Indian journal of veterinary science and animal husbandry - Volume 1,
Year: 1931
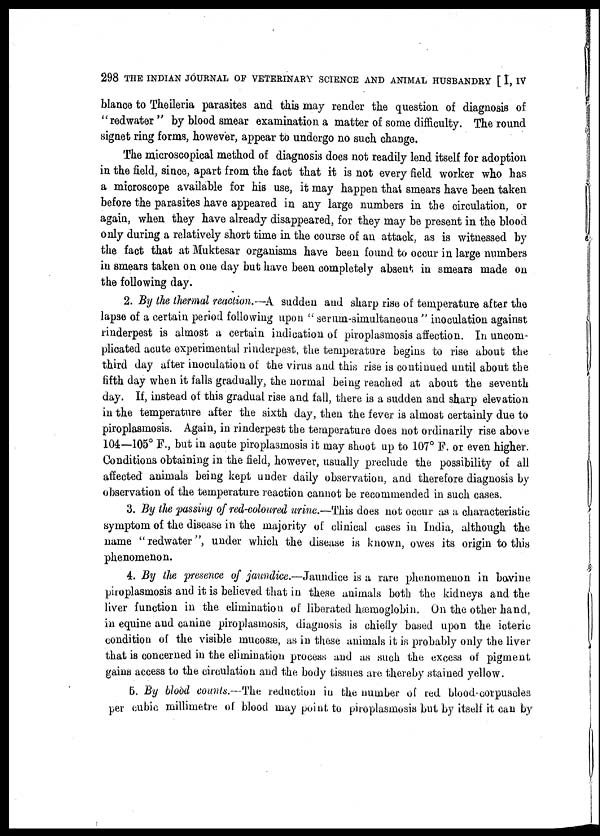
298 THE INDIAN JOURNAL OF VETERINARY SCIENCE AND ANIMAL HUSBANDRY [ I, IV
blance to Theileria parasites and this may render the question of diagnosis of
"redwater" by blood smear examination a matter of some difficulty. The round
signet ring forms, however, appear to undergo no such change.
The microscopical method of diagnosis does not readily lend itself for adoption
in the field, since, apart from the fact that it is not every field worker who has
a microscope available for his use, it may happen that smears have been taken
before the parasites have appeared in any large numbers in the circulation, or
again, when they have already disappeared, for they may be present in the blood
only during a relatively short time in the course of an attack, as is witnessed by
the fact that at Muktesar organisms have been found to occur in large numbers
in smears taken on one day but have been completely absent in smears made on
the following day.
2. By the thermal reaction.—A sudden and sharp rise of temperature after the
lapse of a certain period following upon " serum-simultaneous " inoculation against
rinderpest is almost a certain indication of piroplasmosis affection. In uncom-
plicated acute experimental rinderpest, the temperature begins to rise about the
third day after inoculation of the virus and this rise is continued until about the
fifth day when it falls gradually, the normal being reached at about the seventh
day. If, instead of this gradual rise and fall, there is a sudden and sharp elevation
in the temperature after the sixth day, then the fever is almost certainly due to
piroplasmosis. Again, in rinderpest the temperature does not ordinarily rise above
104—105° F., but in acute piroplasmosis it may shoot up to 107° F. or even higher.
Conditions obtaining in the field, however, usually preclude the possibility of all
affected animals being kept under daily observation, and therefore diagnosis by
observation of the temperature reaction cannot be recommended in such cases.
3. By the passing of red-coloured urine.—This does not occur as a characteristic
symptom of the disease in the majority of clinical cases in India, although the
name "redwater", under which the disease is known, owes its origin to this
phenomenon.
4. By the presence of jaundice.—Jaundice is a rare phenomenon in bovine
piroplasmosis and it is believed that in these animals both the kidneys and the
liver function in the elimination of liberated hæmoglobin. On the other hand,
in equine and canine piroplasmosis, diagnosis is chiefly based upon the icteric
condition of the visible mucosæ, as in these animals it is probably only the liver
that is concerned in the elimination process and as such the excess of pigment
gains access to the circulation and the body tissues are thereby stained yellow.
5. By blood counts.—The reduction in the number of red blood-corpuscles
per cubic millimetre of blood may point to piroplasmosis but by itself it can by